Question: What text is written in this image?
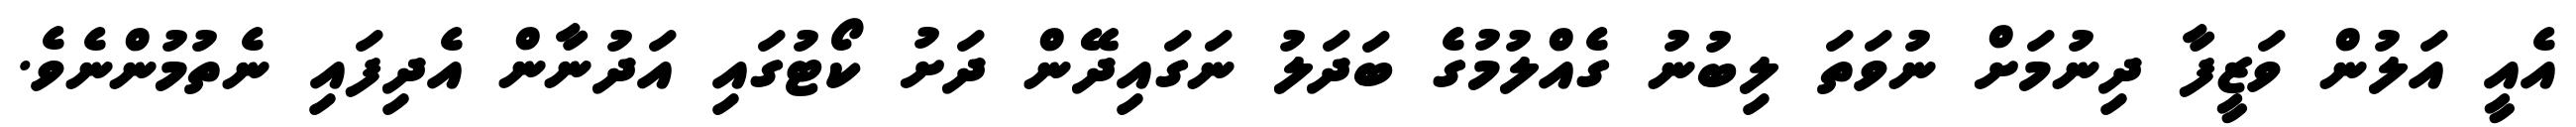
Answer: އެއީ އަލުން ވަޒީފާ ދިނުމަށް ނުވަތަ ލިބުނު ގެއްލުމުގެ ބަދަލު ނަގައިދޭން ދަށު ކޯޓުގައި އަދުނާން އެދިފައި ނެތުމުންނެވެ.